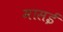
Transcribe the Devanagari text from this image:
मासई